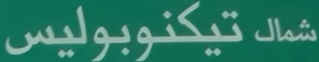
شمال تيكنوبوليس